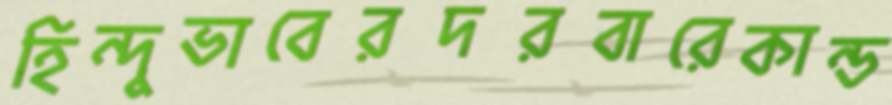
হিন্দুভাবেরদরবারেকান্ড